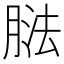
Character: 𦝌